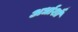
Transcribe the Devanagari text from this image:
अर्धाशौं